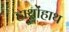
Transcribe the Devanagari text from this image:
हाथोंहाथ